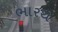
ભારથ